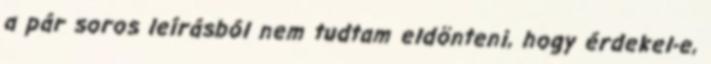
a pár soros leírásból nem tudtam eldönteni, hogy érdekel-e,